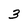
Character: 3